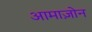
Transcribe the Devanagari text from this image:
आमाज़ोन